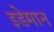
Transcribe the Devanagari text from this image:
इडेमान